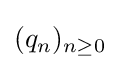
(q_{n})_{n\geq 0}